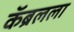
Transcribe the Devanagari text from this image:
कॅब्रलला